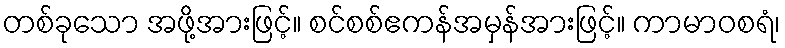
တစ်ခုသော အဖို့အားဖြင့်။ စင်စစ်ဧကန်အမှန်အားဖြင့်။ ကာမာဝစရံ၊